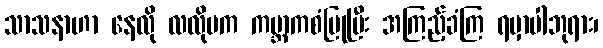
သာသနာဟာ နေလို လလိုမက ကမ္ဘာကစံပြုပြီး အကြည့်ခံကြ ရမှာပါဘုရား၊